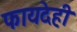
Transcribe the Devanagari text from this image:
फायदेही